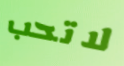
لاتحب